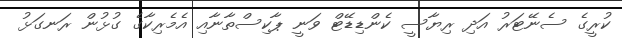
ކުރީގެ ސެނޭޓަރު އަދި ރިޔާސީ ކެންޑިޑޭޓް ވަނީ ޕާކިސްތާނާއި އެމެރިކާގެ ގުޅުން ރަނގަޅު